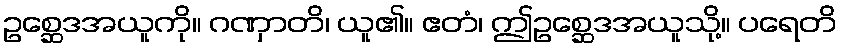
ဥစ္ဆေဒအယူကို။ ဂဏှာတိ၊ ယူ၏။ ဧတံ၊ ဤဥစ္ဆေဒအယူသို့။ ပရေတိ